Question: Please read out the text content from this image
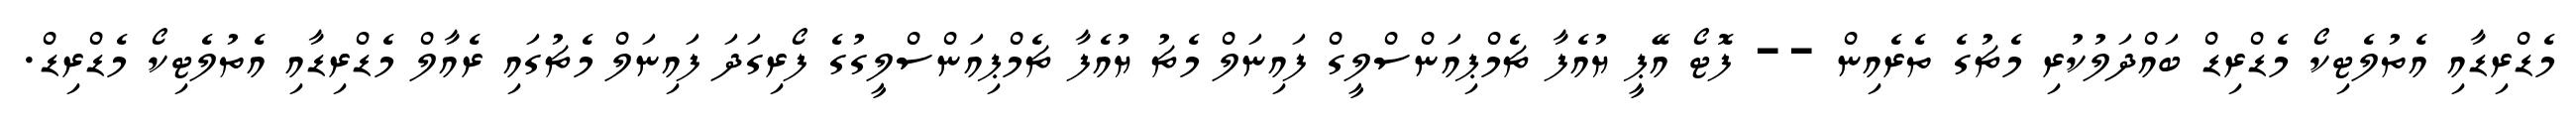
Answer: މެޑްރިޑާއި އެތުލެޓިކޯ މެޑްރިޑް ބައްދަލުކުރި މެޗުގެ ތެރެއިން -- ފޮޓޯ އޭޕީ ޔުއެފާ ޗެމްޕިއަންސްލީގް ފައިނަލް މެޗު ޔުއެފާ ޗެމްޕިއަންސްލީގުގެ ފޯރިގަދަ ފައިނަލް މެޗުގައި ރެއާލް މެޑްރިޑާއި އެތުލެޓިކޯ މެޑްރިޑް.